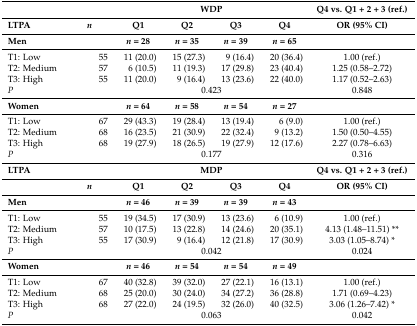
<table><thead><tr><td></td><td></td><td colspan="4"><b>WDP</b></td><td><b>Q4 vs. Q1 + 2 + 3 (ref.)</b></td></tr><tr><td><b>LTPA</b></td><td><b><i>n</i></b></td><td><b>Q1</b></td><td><b>Q2</b></td><td><b>Q3</b></td><td><b>Q4</b></td><td><b>OR (95% CI)</b></td></tr><tr><td><b>Men</b></td><td></td><td><b><i>n</i> = 28</b></td><td><b><i>n</i> = 35</b></td><td><b><i>n</i> = 39</b></td><td><b><i>n</i> = 65</b></td><td></td></tr></thead><tbody><tr><td>T1: Low</td><td>55</td><td>11 (20.0)</td><td>15 (27.3)</td><td>9 (16.4)</td><td>20 (36.4)</td><td>1.00 (ref.)</td></tr><tr><td>T2: Medium</td><td>57</td><td>6 (10.5)</td><td>11 (19.3)</td><td>17 (29.8)</td><td>23 (40.4)</td><td>1.25 (0.58–2.72)</td></tr><tr><td>T3: High</td><td>55</td><td>11 (20.0)</td><td>9 (16.4)</td><td>13 (23.6)</td><td>22 (40.0)</td><td>1.17 (0.52–2.63)</td></tr><tr><td><i>P</i></td><td></td><td colspan="4">0.423</td><td>0.848</td></tr><tr><td><b>Women</b></td><td></td><td><b><i>n</i> = 64</b></td><td><b><i>n</i> = 58</b></td><td><b><i>n</i> = 54</b></td><td><b><i>n</i> = 27</b></td><td></td></tr><tr><td>T1: Low</td><td>67</td><td>29 (43.3)</td><td>19 (28.4)</td><td>13 (19.4)</td><td>6 (9.0)</td><td>1.00 (ref.)</td></tr><tr><td>T2: Medium</td><td>68</td><td>16 (23.5)</td><td>21 (30.9)</td><td>22 (32.4)</td><td>9 (13.2)</td><td>1.50 (0.50–4.55)</td></tr><tr><td>T3: High</td><td>68</td><td>19 (27.9)</td><td>18 (26.5)</td><td>19 (27.9)</td><td>12 (17.6)</td><td>2.27 (0.78–6.63)</td></tr><tr><td><i>P</i></td><td></td><td colspan="4">0.177</td><td>0.316</td></tr><tr><td><b>LTPA</b></td><td></td><td colspan="4"><b>MDP</b></td><td><b>Q4 vs. Q1 + 2 + 3 (ref.)</b></td></tr><tr><td></td><td><b><i>n</i></b></td><td><b>Q1</b></td><td><b>Q2</b></td><td><b>Q3</b></td><td><b>Q4</b></td><td><b>OR (95% CI)</b></td></tr><tr><td><b>Men</b></td><td></td><td><b><i>n</i> = 46</b></td><td><b><i>n</i> = 39</b></td><td><b><i>n</i> = 39</b></td><td><b><i>n</i> = 43</b></td><td></td></tr><tr><td>T1: Low</td><td>55</td><td>19 (34.5)</td><td>17 (30.9)</td><td>13 (23.6)</td><td>6 (10.9)</td><td>1.00 (ref.)</td></tr><tr><td>T2: Medium</td><td>57</td><td>10 (17.5)</td><td>13 (22.8)</td><td>14 (24.6)</td><td>20 (35.1)</td><td>4.13 (1.48–11.51) **</td></tr><tr><td>T3: High</td><td>55</td><td>17 (30.9)</td><td>9 (16.4)</td><td>12 (21.8)</td><td>17 (30.9)</td><td>3.03 (1.05–8.74) *</td></tr><tr><td><i>P</i></td><td></td><td colspan="4">0.042</td><td>0.024</td></tr><tr><td><b>Women</b></td><td></td><td><b><i>n</i> = 46</b></td><td><b><i>n</i> = 54</b></td><td><b><i>n</i> = 54</b></td><td><b><i>n</i> = 49</b></td><td></td></tr><tr><td>T1: Low</td><td>67</td><td>40 (32.8)</td><td>39 (32.0)</td><td>27 (22.1)</td><td>16 (13.1)</td><td>1.00 (ref.)</td></tr><tr><td>T2: Medium</td><td>68</td><td>25 (20.0)</td><td>30 (24.0)</td><td>34 (27.2)</td><td>36 (28.8)</td><td>1.71 (0.69–4.23)</td></tr><tr><td>T3: High</td><td>68</td><td>27 (22.0)</td><td>24 (19.5)</td><td>32 (26.0)</td><td>40 (32.5)</td><td>3.06 (1.26–7.42) *</td></tr><tr><td><i>P</i></td><td></td><td colspan="4">0.063</td><td>0.042</td></tr></tbody></table>